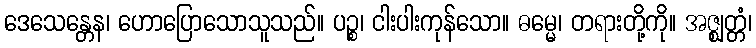
ဒေသေန္တေန၊ ဟောပြောသောသူသည်။ ပဉ္စ၊ ငါးပါးကုန်သော။ ဓမ္မေ၊ တရားတို့ကို။ အဇ္ဈတ္တံ၊